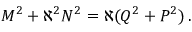
M ^ { 2 } + \aleph ^ { 2 } N ^ { 2 } = \aleph ( Q ^ { 2 } + P ^ { 2 } ) \, .